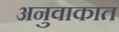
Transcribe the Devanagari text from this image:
अनुवाकात